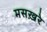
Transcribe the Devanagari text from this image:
मसख़रे